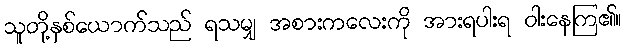
သူတို့နှစ်ယောက်သည် ရသမျှ အစားကလေးကို အားရပါးရ ဝါးနေကြ၏။